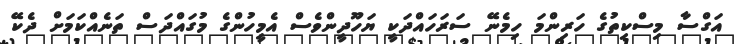
އަގްސާ މިސްކިތުގެ ހަރިންމަ ހިމެނޭ ސަރަހައްދަކީ ޔަހޫދީންވެސް އެމީހުންގެ މުގައްދަސް ތަނެއްކަމަށް ދެކޭ